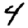
Digit: 4